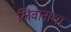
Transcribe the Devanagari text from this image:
जिवानाचा